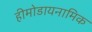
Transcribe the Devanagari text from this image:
हीमोडायनामिक